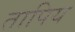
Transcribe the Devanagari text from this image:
तापिय